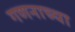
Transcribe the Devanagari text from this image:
गणनाच्या